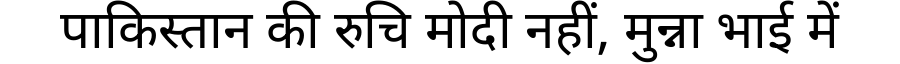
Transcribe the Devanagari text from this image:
पाकिस्तान की रुचि मोदी नहीं, मुन्ना भाई में